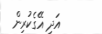
އަދި އޭގެކުރިން